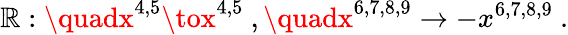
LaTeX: \mathbb{R}:\quadx^{4,5}\tox^{4,5}\ ,\quadx^{6,7,8,9}\to-x^{6,7,8,9}\ .